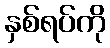
နှစ်ရပ်ကို